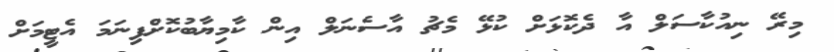
މިރޭ ނިއުކާސަލް އާ ދެކޮޅަށް ކުޅޭ މެޗު އާސެނަލް އިން ކާމިޔާބުކޮށްފިނަމަ އެޓީމަށް